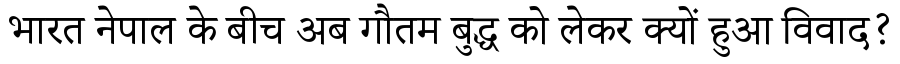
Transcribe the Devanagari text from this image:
भारत नेपाल के बीच अब गौतम बुद्ध को लेकर क्यों हुआ विवाद?